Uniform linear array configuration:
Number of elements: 24
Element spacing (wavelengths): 0.25
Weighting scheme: binomial
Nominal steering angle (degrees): -45
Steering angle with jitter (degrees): -43.596
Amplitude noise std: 0.05
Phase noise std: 0.05

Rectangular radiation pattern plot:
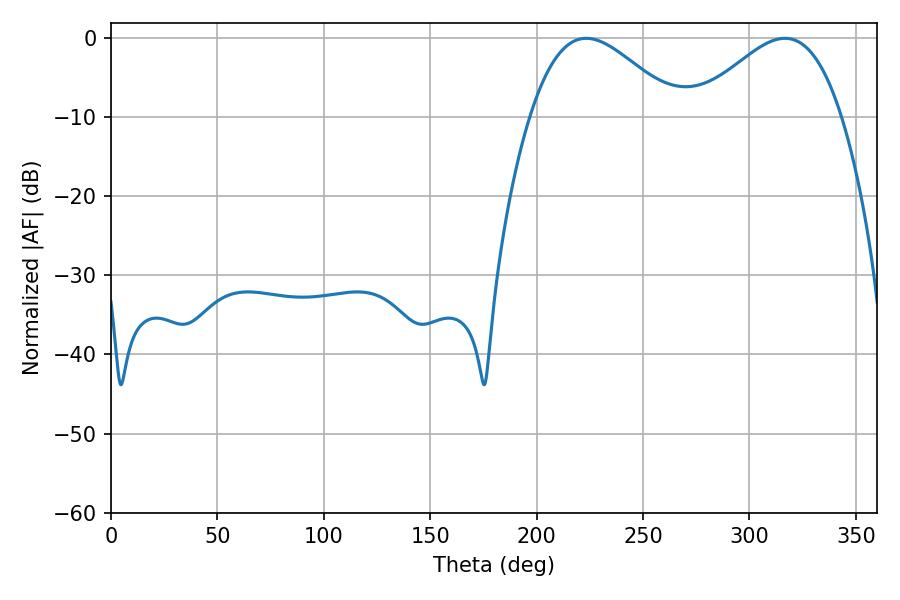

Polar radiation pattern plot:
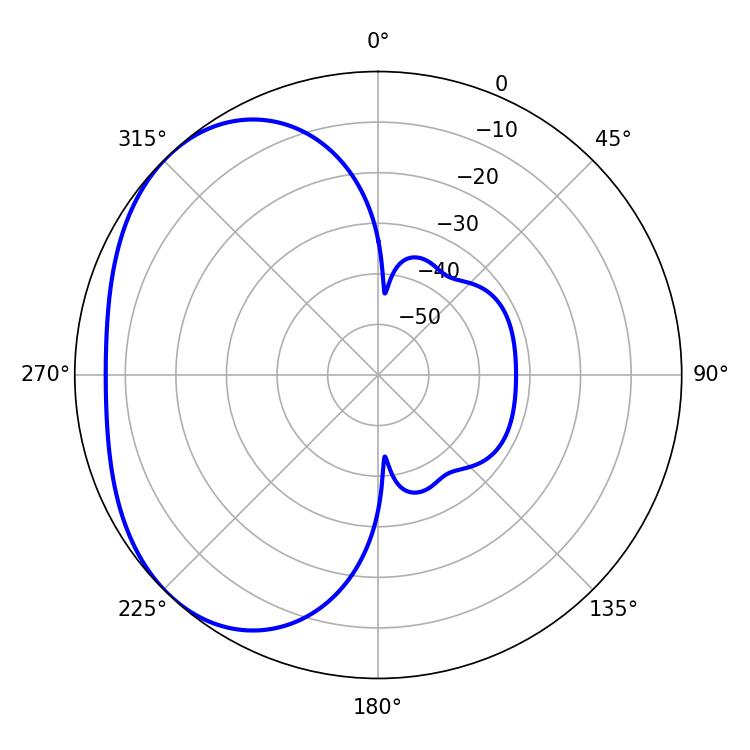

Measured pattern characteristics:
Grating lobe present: FALSE
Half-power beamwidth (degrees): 37.08
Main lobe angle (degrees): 223.38